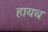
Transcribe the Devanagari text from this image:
हायथ